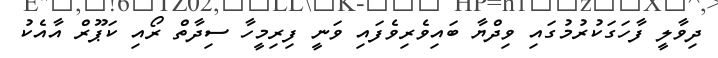
ދިވާލީ ފާހަގަކުރުމުގައި ވިދްޔާ ބައިވެރިވެފައި ވަނީ ފިރިމީހާ ސިދާތް ރޯއި ކަޕޫރް އާއެކު